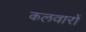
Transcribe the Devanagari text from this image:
कलवारों